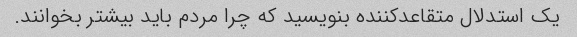
یک استدلال متقاعدکننده بنویسید که چرا مردم باید بیشتر بخوانند.